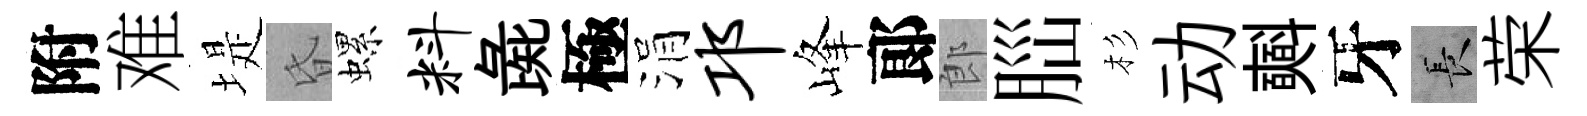
附难堤昏螺料彘極涓邛峰郞郎𦛁杉动𣂏牙长荣